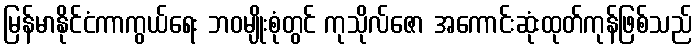
မြန်မာနိုင်ငံကာကွယ်ရေး ဘဝမျိုးစုံတွင် ကုသိုလ်ဇော အကောင်းဆုံးထုတ်ကုန်ဖြစ်သည်